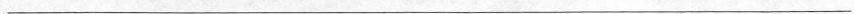
___